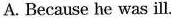
A. Because he was ill.